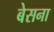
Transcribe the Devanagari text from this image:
बेसना